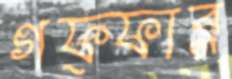
গফ্ফার